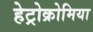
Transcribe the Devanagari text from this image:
हेट्रोक्रोमिया